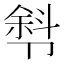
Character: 厁